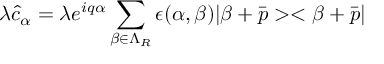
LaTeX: \lambda \hat { c } _ { \alpha } = \lambda e ^ { i q \alpha } \sum _ { \beta \in \Lambda _ { R } } \epsilon ( \alpha , \beta ) | \beta + \bar { p } > < \beta + \bar { p } |